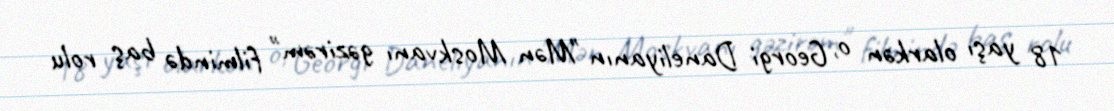
18 yaşı olarkən o, Georgi Daneliyanın "Mən Moskvanı gəzirəm" filmində baş rolu